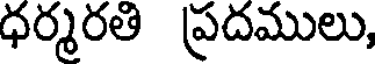
ధర్మరతి ప్రదములు,